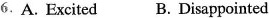
6.A. Excited B. Disappointed